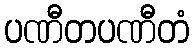
ပဏီတပဏီတံ